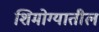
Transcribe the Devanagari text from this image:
शिमोग्यातील